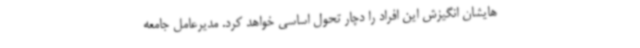
هایشان انگیزش این افراد را دچار تحول اساسی خواهد کرد. مدیرعامل جامعه